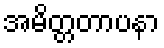
အမိတ္တတာပနာ